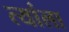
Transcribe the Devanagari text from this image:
त्यांला